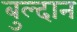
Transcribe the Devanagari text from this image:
बुल्दान